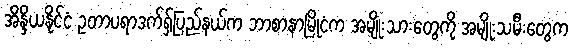
အိန္ဒိယနိုင်ငံ ဥတာပရာဒက်ရှ်ပြည်နယ်က ဘာစာနာမြိုငံက အမျိုးသားတွေကို အမျိုးသမီးတွေက